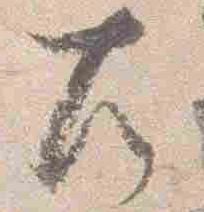
左